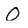
Character: O